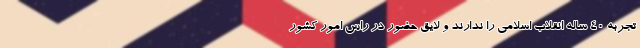
تجربه 40 ساله انقلاب اسلامی را ندارند و لایق حضور در راس امور کشور